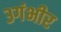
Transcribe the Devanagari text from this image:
३गंभीर